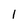
Character: 1